Document type: Grant
Year: 1445
Scribe: Antoni Gomar
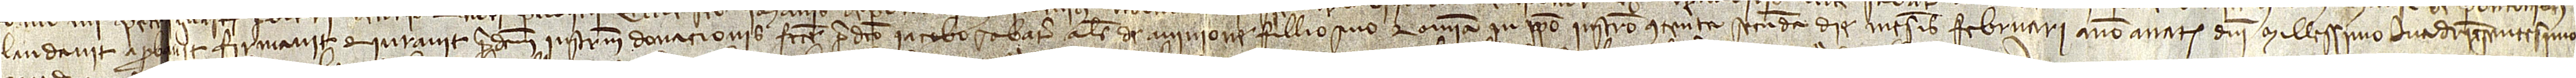
laudavit, aprobavit, firmavit et iuravit predictum instrumentum donacionis facte predicto Iacobo Sabater, alias de Avinione, fillio suo, et omnia in ipso instrumento contenta, secunda die mensis februarii, anno a Nativitate Domini millessimo quadringentesimo